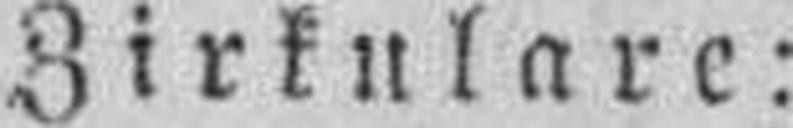
Zirkulare: